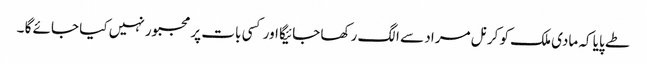
طے پایا کہ مادی ملک کو کرنل مراد سے الگ رکھا جائیگا اور کسی بات پر مجبور نہیں کیا جائے گا ۔